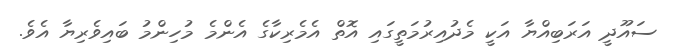
ސައޫދީ އަރަބިއްޔާ އަކީ މެދުއިރުމަތީގައި އޮތް އެމެރިކާގެ އެންމެ މުހިންމު ބައިވެރިޔާ އެވެ.